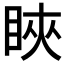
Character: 䀹